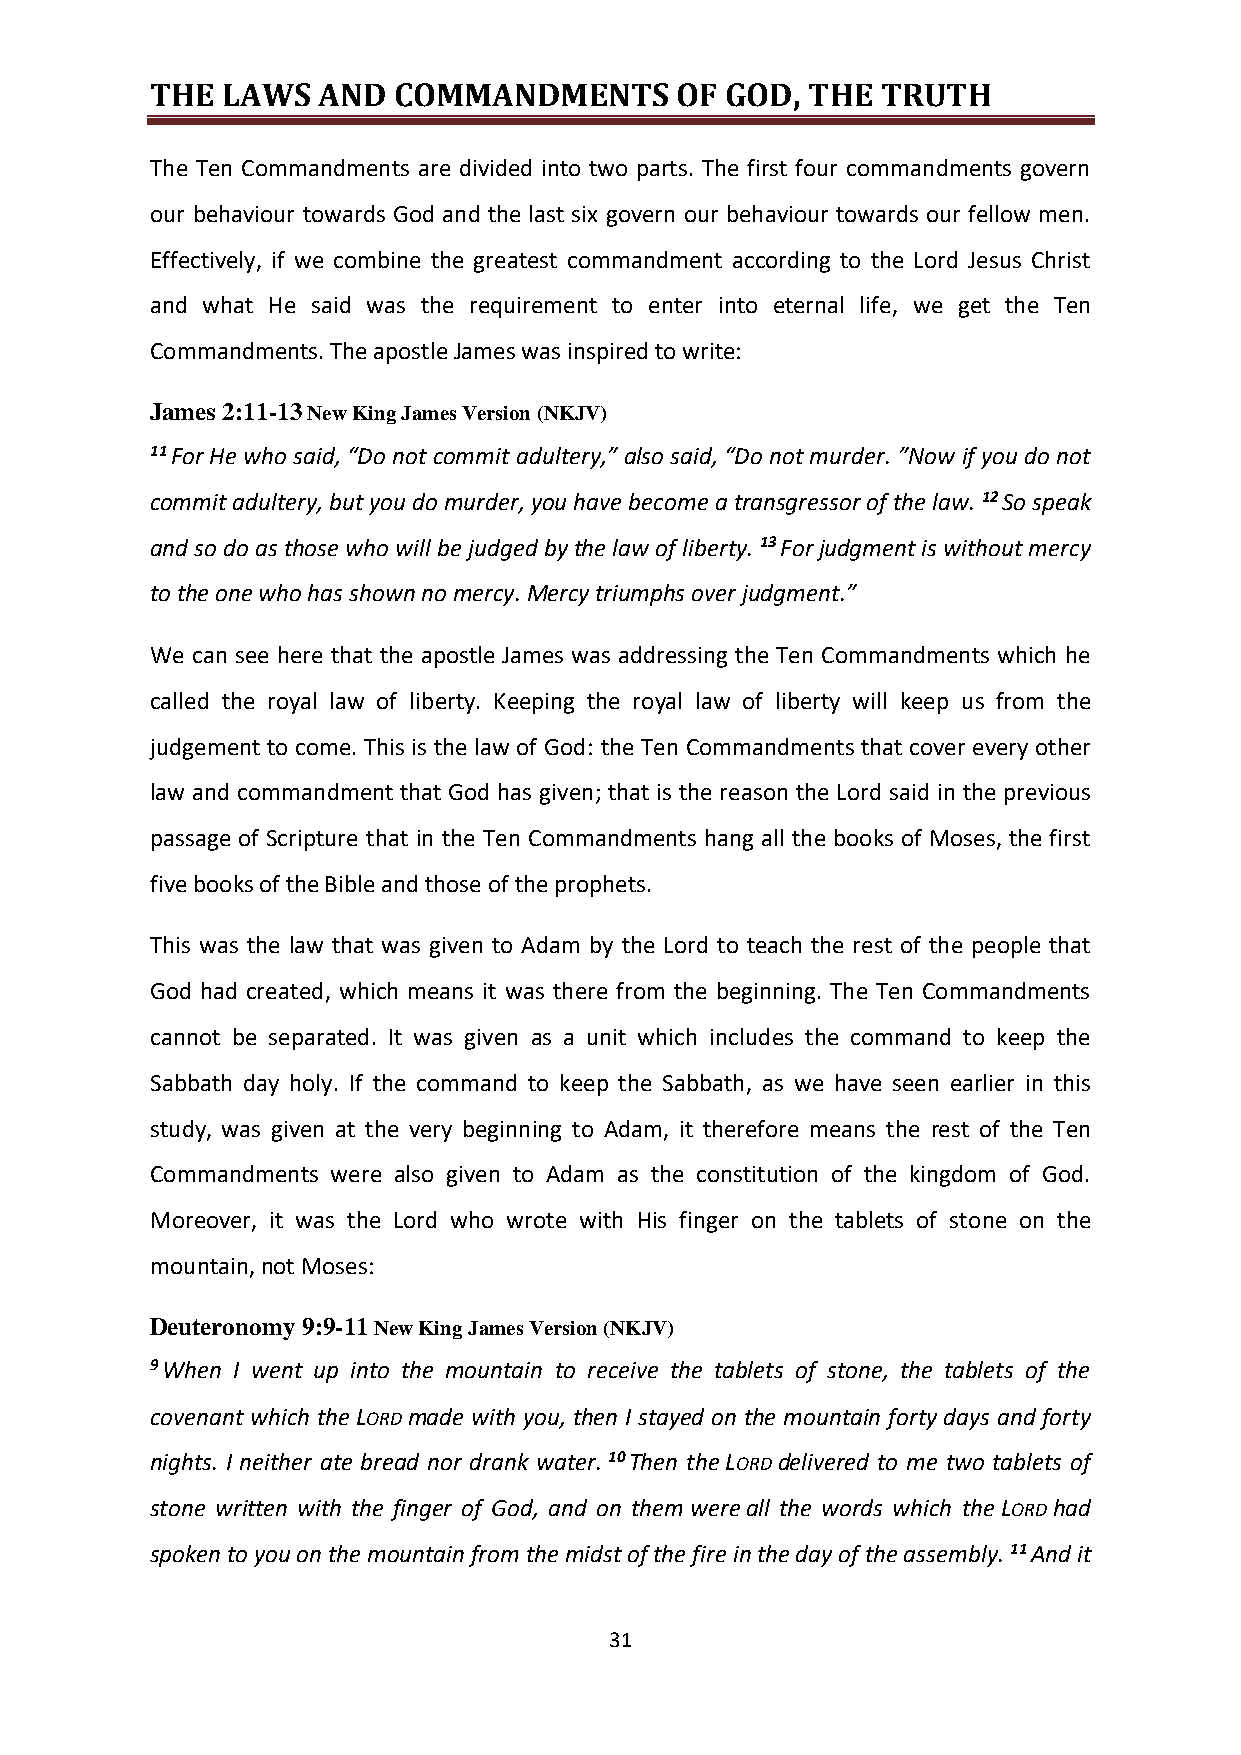
THE  LAWS  AND  COMMANDMENTS       OF GOD, THE  TRUTH
 The Ten Commandments are divided into two parts. The first four commandments govern
 our behaviour towards God and the last six govern our behaviour towards our fellow men.
 Effectively, if we combine the greatest commandment according to the Lord Jesus Christ
 and what He said was the requirement to enter into eternal life, we get the Ten
 Commandments. The apostle James was inspired to write:
 James 2:11-13 New King James Version (NKJV)
 11 For He who said, “Do not commit adultery,” also said, “Do not murder. ”Now if you do not
 commit adultery, but you do murder, you have become a transgressor of the law. 12 So speak
 and so do as those who will be judged by the law of liberty. 13 For judgment is without mercy
 to the one who has shown no mercy. Mercy triumphs over judgment.”
 We can see here that the apostle James was addressing the Ten Commandments which he
 called the royal law of liberty. Keeping the royal law of liberty will keep us from the
 judgement to come. This is the law of God: the Ten Commandments that cover every other
 law and commandment that God has given; that is the reason the Lord said in the previous
 passage of Scripture that in the Ten Commandments hang all the books of Moses, the first
 five books of the Bible and those of the prophets.
 This was the law that was given to Adam by the Lord to teach the rest of the people that
 God had created, which means it was there from the beginning. The Ten Commandments
 cannot be separated. It was given as a unit which includes the command to keep the
 Sabbath day holy. If the command to keep the Sabbath, as we have seen earlier in this
 study, was given at the very beginning to Adam, it therefore means the rest of the Ten
 Commandments were also given to Adam as the constitution of the kingdom of God.
 Moreover, it was the Lord who wrote with His finger on the tablets of stone on the
 mountain, not Moses:
 Deuteronomy 9:9-11 New King James Version (NKJV)
 9 When I went up into the mountain to receive the tablets of stone, the tablets of the
 covenant which the LORD made with you, then I stayed on the mountain forty days and forty
 nights. I neither ate bread nor drank water. 10 Then the LORD delivered to me two tablets of
 stone written with the finger of God, and on them were all the words which the LORD had
 spoken to you on the mountain from the midst of the fire in the day of the assembly. 11 And it
 31